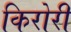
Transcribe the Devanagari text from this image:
किरोरी